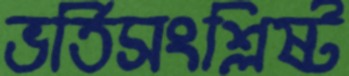
ভর্তিসংশ্লিষ্ট